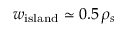
w _ { \mathrm { i s l a n d } } \simeq 0 . 5 \, \rho _ { s }